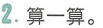
2.算一算。